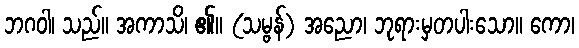
ဘဂဝါ၊ သည်။ အကာသိ၊ ၏။ (သမ္ဗန်) အညော၊ ဘုရားမှတပါးသော။ ကော၊